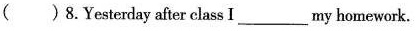
( ) 8. Yesterday after class I ___ my homework.